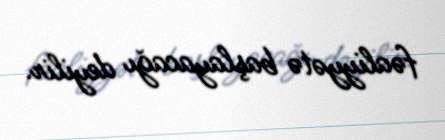
fəaliyyətə başlayacağı deyilir.